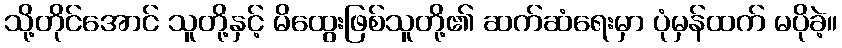
သို့တိုင်အောင် သူတို့နှင့် မိထွေးဖြစ်သူတို့၏ ဆက်ဆံရေးမှာ ပုံမှန်ထက် မပိုခဲ့။